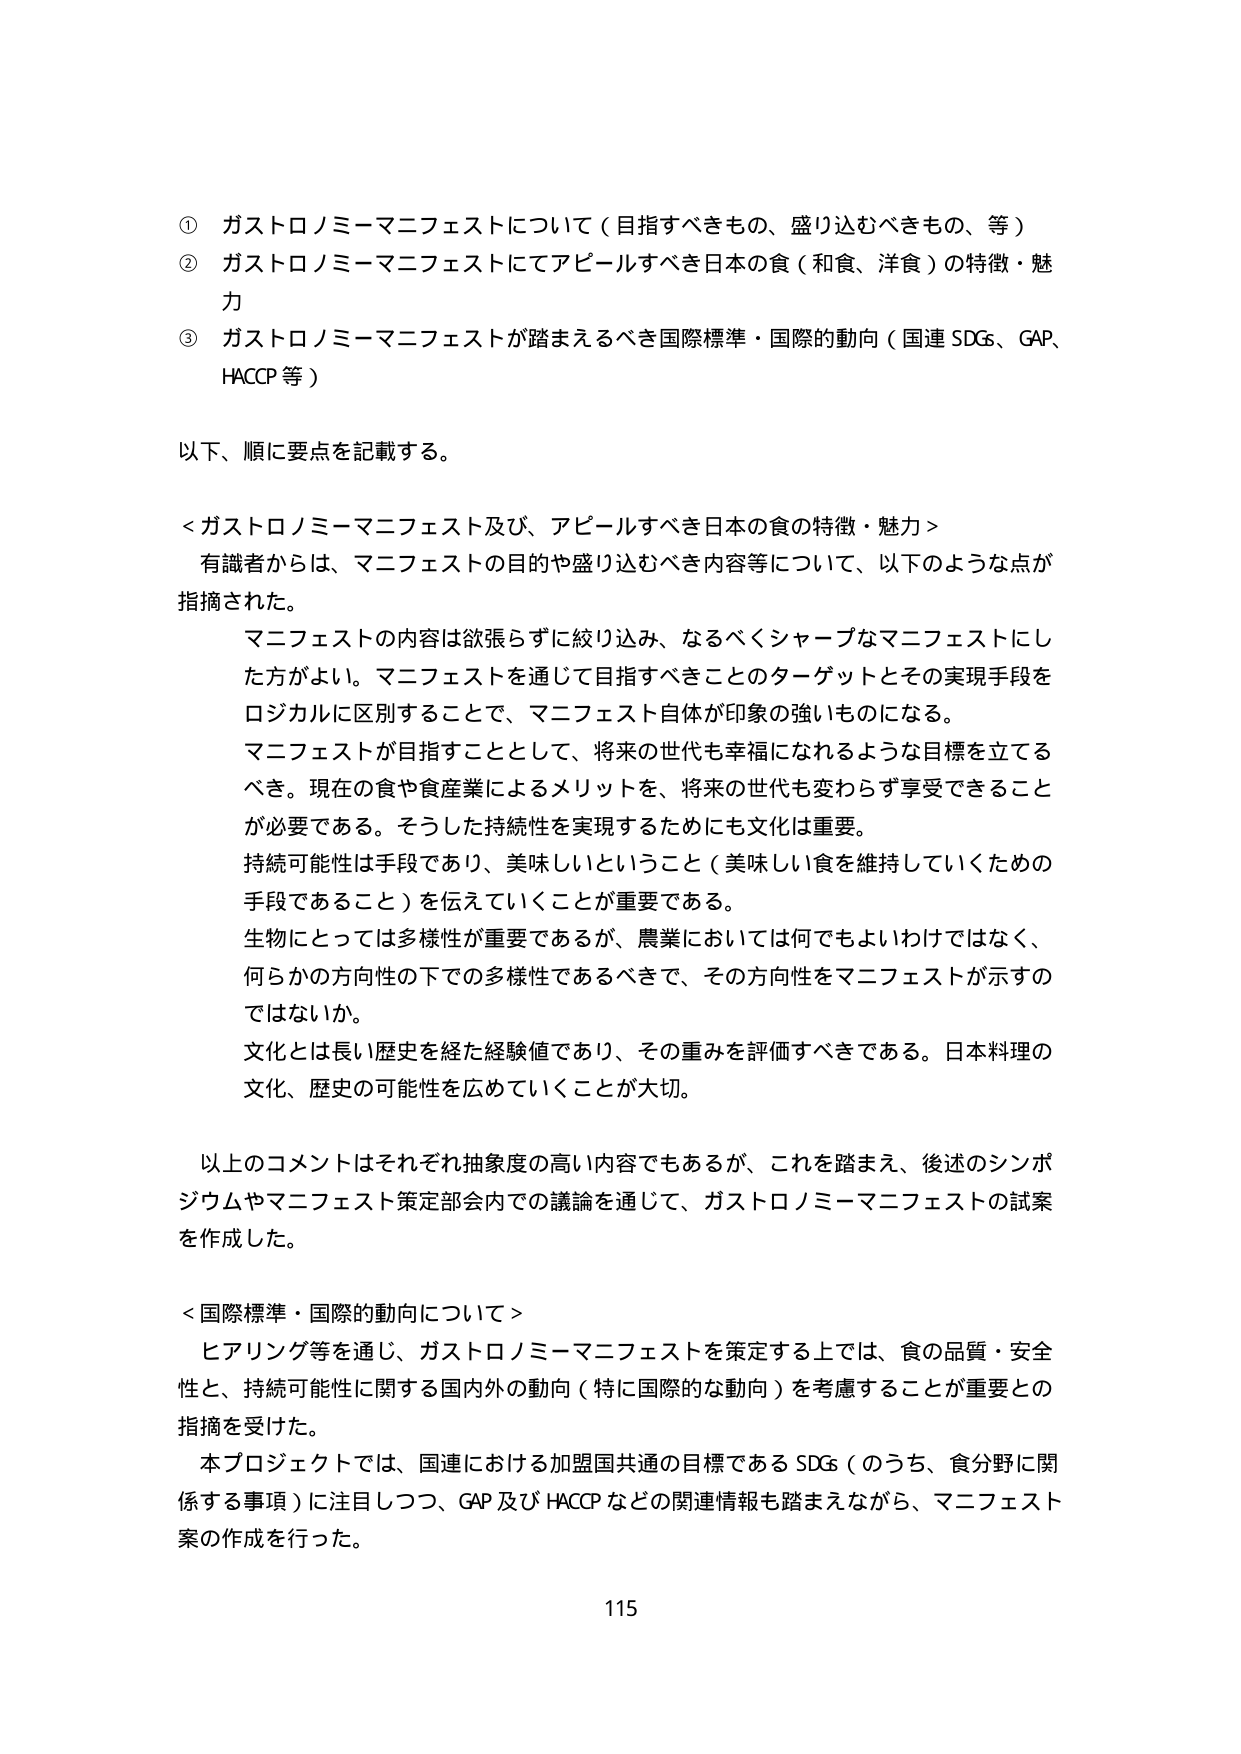
① ガストロノミーマニフェストについて（目指すべきもの、盛り込むべきもの、等）
② ガストロノミーマニフェストにてアピールすべき日本の食（和食、洋食）の特徴・魅力
③ ガストロノミーマニフェストが踏まえるべき国際標準・国際的動向（国連 SDGs、GAP、HACCP 等）

以下、順に要点を記載する。

＜ガストロノミーマニフェスト及び、アピールすべき日本の食の特徴・魅力＞
有識者からは、マニフェストの目的や盛り込むべき内容等について、以下のような点が指摘された。
　マニフェストの内容は欲張らずに絞り込み、なるべくシャープなマニフェストにした方がよい。マニフェストを通じて目指すべきことのターゲットとその実現手段をロジカルに区別することで、マニフェスト自体が印象の強いものになる。
　マニフェストが目指すこととして、将来の世代も幸福になれるような目標を立てるべき。現在の食や食産業によるメリットを、将来の世代も変わらず享受できることが必要である。そうした持続性を実現するためにも文化は重要。
　持続可能性は手段であり、美味しいということ（美味しい食を維持していくための手段であること）を伝えていくことが重要である。
　生物にとっては多様性が重要であるが、農業においては何でもよいわけではなく、何らかの方向性の下での多様性であるべきで、その方向性をマニフェストが示すのではないか。
　文化とは長い歴史を経た経験値であり、その重みを評価すべきである。日本料理の文化、歴史の可能性を広めていくことが大切。

以上のコメントはそれぞれ抽象度の高い内容でもあるが、これを踏まえ、後述のシンポジウムやマニフェスト策定部会内での議論を通じて、ガストロノミーマニフェストの試案を作成した。

＜国際標準・国際的動向について＞
　ヒアリング等を通じ、ガストロノミーマニフェストを策定する上では、食の品質・安全性と、持続可能性に関する国内外の動向（特に国際的な動向）を考慮することが重要との指摘を受けた。
　本プロジェクトでは、国連における加盟国共通の目標である SDGs（のうち、食分野に関係する事項）に注目しつつ、GAP 及び HACCP などの関連情報も踏まえながら、マニフェスト案の作成を行った。

115